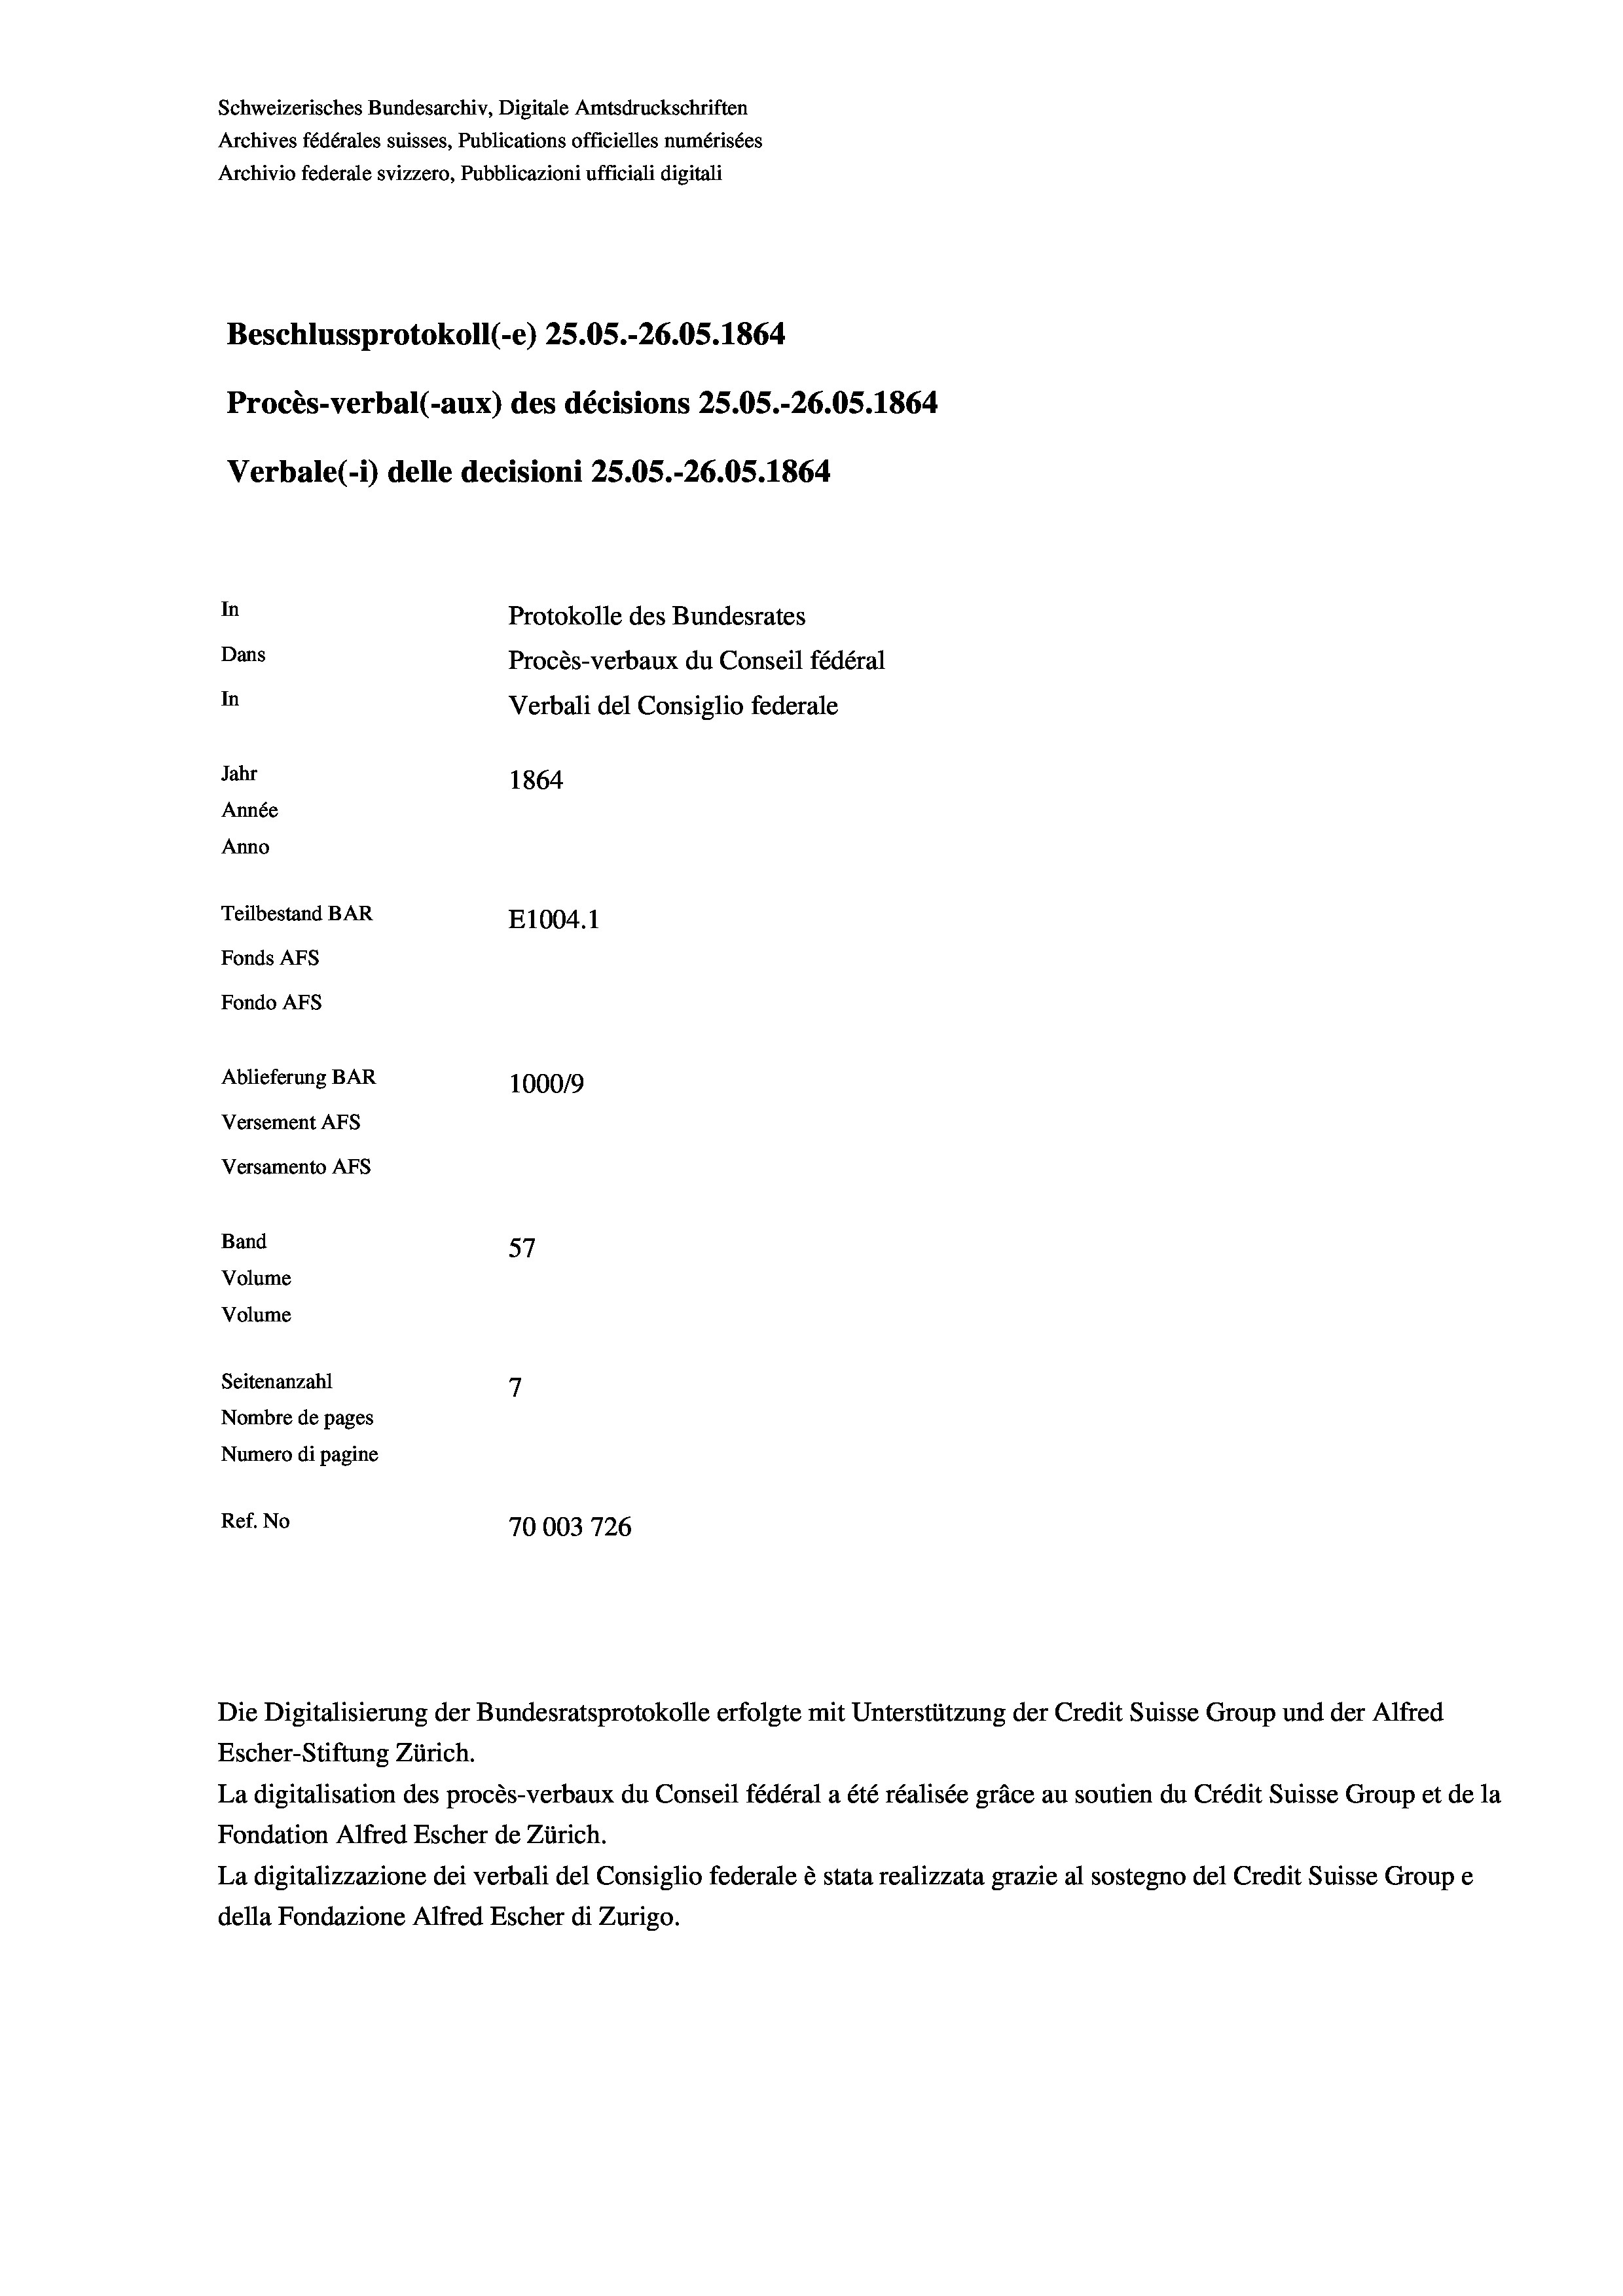
Schweizerisches Bundesarchiv, Digitale Amtsdruckschriften
Archives fédérales suisses, Publications officielles numérisées
Archivio federale svizzero, Pubblicazioni ufficiali digitali
Beschlussprotokoll (-e) 25.05.-26.05. 1864
Procès-verbal (-aux) des décisions 25.05.-26.05. 1864
Verbale (1) delle decisioni 25.05.-26.05. 1864
In
Protokolle des Bundesrates
Dans
Procès-verbaux du Conseil fédéral
In
Verbali del Consiglio federale
Jahr
1864
Année
Anno
Teilbestand BAR
E1004.1
Fonds AFs
Fondo AFS
Ablieferung BAR
100019
Versement AFs
Versamento AFs
Band
57
Volume
Volume
7
Seitenanzahl
Nombre de pages
Numero di pagine
Ref. No
70003726

La digitalisation des procès-verbaux du Conseil fédéral a été réalisée gräce au soutien du Crédit Suisse Group et de la
Fondation Alfred Escher de Zürich.
La digitalizzazione dei verbali del Consiglio federale è stata realizzata grazie al sostegno del Credit Suisse Groupe
della Fondazione Alfred Escher di Zurigo.

Die Digitalisierung der Bundesratsprotokolle erfolgte mit Unterstützung der Credit Suisse Group und der Alfred
Escher-Stiftung Zürich.